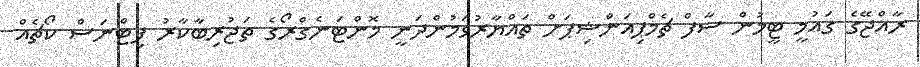
ރާއްޖޭގެ ގައުމީ ޓީމުން ސާފް ޗެމްޕިއަންޝިޕަށް ތައްޔާރުވަމުންދަނީ މޮންޓަނެގްރޯގެ ތަޖުރިބާކާރު ފިޓްނަސް ކޯޗެއް